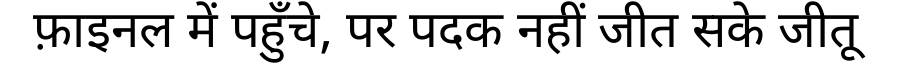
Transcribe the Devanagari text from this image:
फ़ाइनल में पहुँचे, पर पदक नहीं जीत सके जीतू